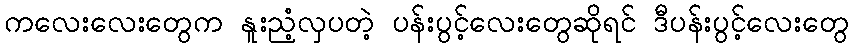
ကလေးလေးတွေက နူးညံံ့လှပတဲ့ ပန်းပွင့်လေးတွေဆိုရင် ဒီပန်းပွင့်လေးတွေ